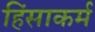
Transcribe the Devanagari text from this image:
हिंसाकर्म